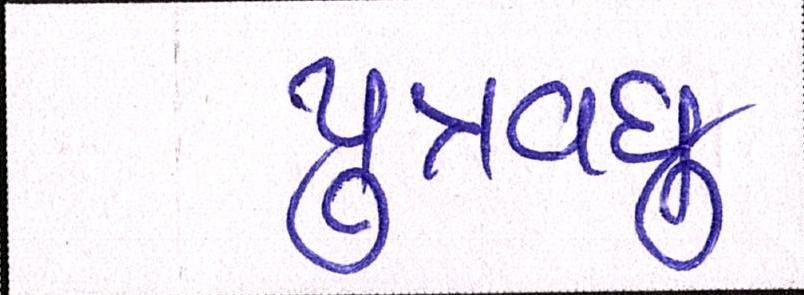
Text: પુત્રવધુ